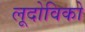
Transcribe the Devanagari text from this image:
लूदोविको